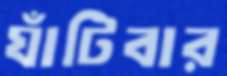
ঘাঁটিবার